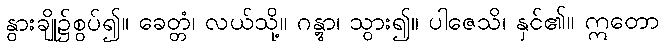
နွားချို၌စွပ်၍။ ခေတ္တံ၊ လယ်သို့။ ဂန္တွာ၊ သွား၍။ ပါဇေသိ၊ နှင်၏။ ဣတော